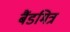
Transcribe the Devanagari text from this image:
बैंडमित्र